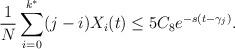
LaTeX: \begin{align*}\frac{1}{N} \sum_{i=0}^{k^*} (j - i) X_i(t) \leq 5 C_8 e^{-s(t - \gamma_j)}.\end{align*}